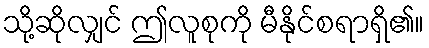
သို့ဆိုလျှင် ဤလူစုကို မီနိုင်စရာရှိ၏။